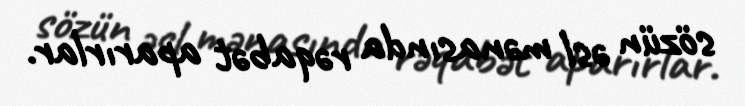
sözün əsl mənasında rəqabət aparırlar.